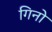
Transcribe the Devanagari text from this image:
गिनो